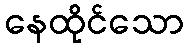
နေထိုင်သော